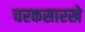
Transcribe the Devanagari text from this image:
चरकसारखे